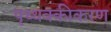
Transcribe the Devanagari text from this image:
पृथ्थक्कीकरण